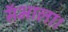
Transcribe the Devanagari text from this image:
सॅभाला।